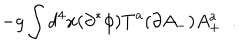
- g \int d ^ { 4 } x ( \partial ^ { * } \phi ) T ^ { a } ( \partial A _ { - } ) A _ { + } ^ { a } \; \; .